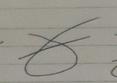
Signature authenticity: forged